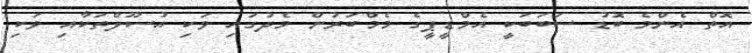
އޮތް އެންމެ ބޮޑު ސަބަބަކީ އެމްޑީޕީގެ މެމްބަރުން މެދުގައި ވަކި އުސޫލްތަކާއި ވަކި